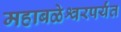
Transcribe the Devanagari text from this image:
महाबळेश्वरपर्यंत